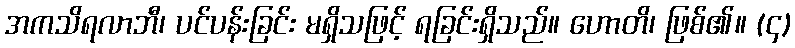
အကသိရလာဘီ၊ ပင်ပန်းခြင်း မရှိသဖြင့် ရခြင်းရှိသည်။ ဟောတိ၊ ဖြစ်၏။ (၄)